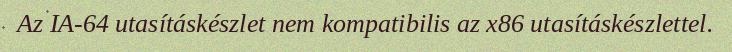
Az IA-64 utasításkészlet nem kompatibilis az x86 utasításkészlettel.